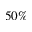
5 0 \%